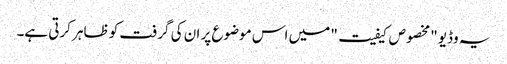
یہ وڈیو "مخصوص کیفیت" میں اس موضوع پر ان کی گرفت کو ظاہر کرتی ہے۔